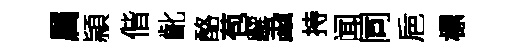
属頴偕齔酪苞廨蝨持闻同巵標